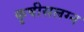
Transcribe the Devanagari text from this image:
कृषीसलग्न